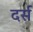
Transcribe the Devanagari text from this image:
दर्स